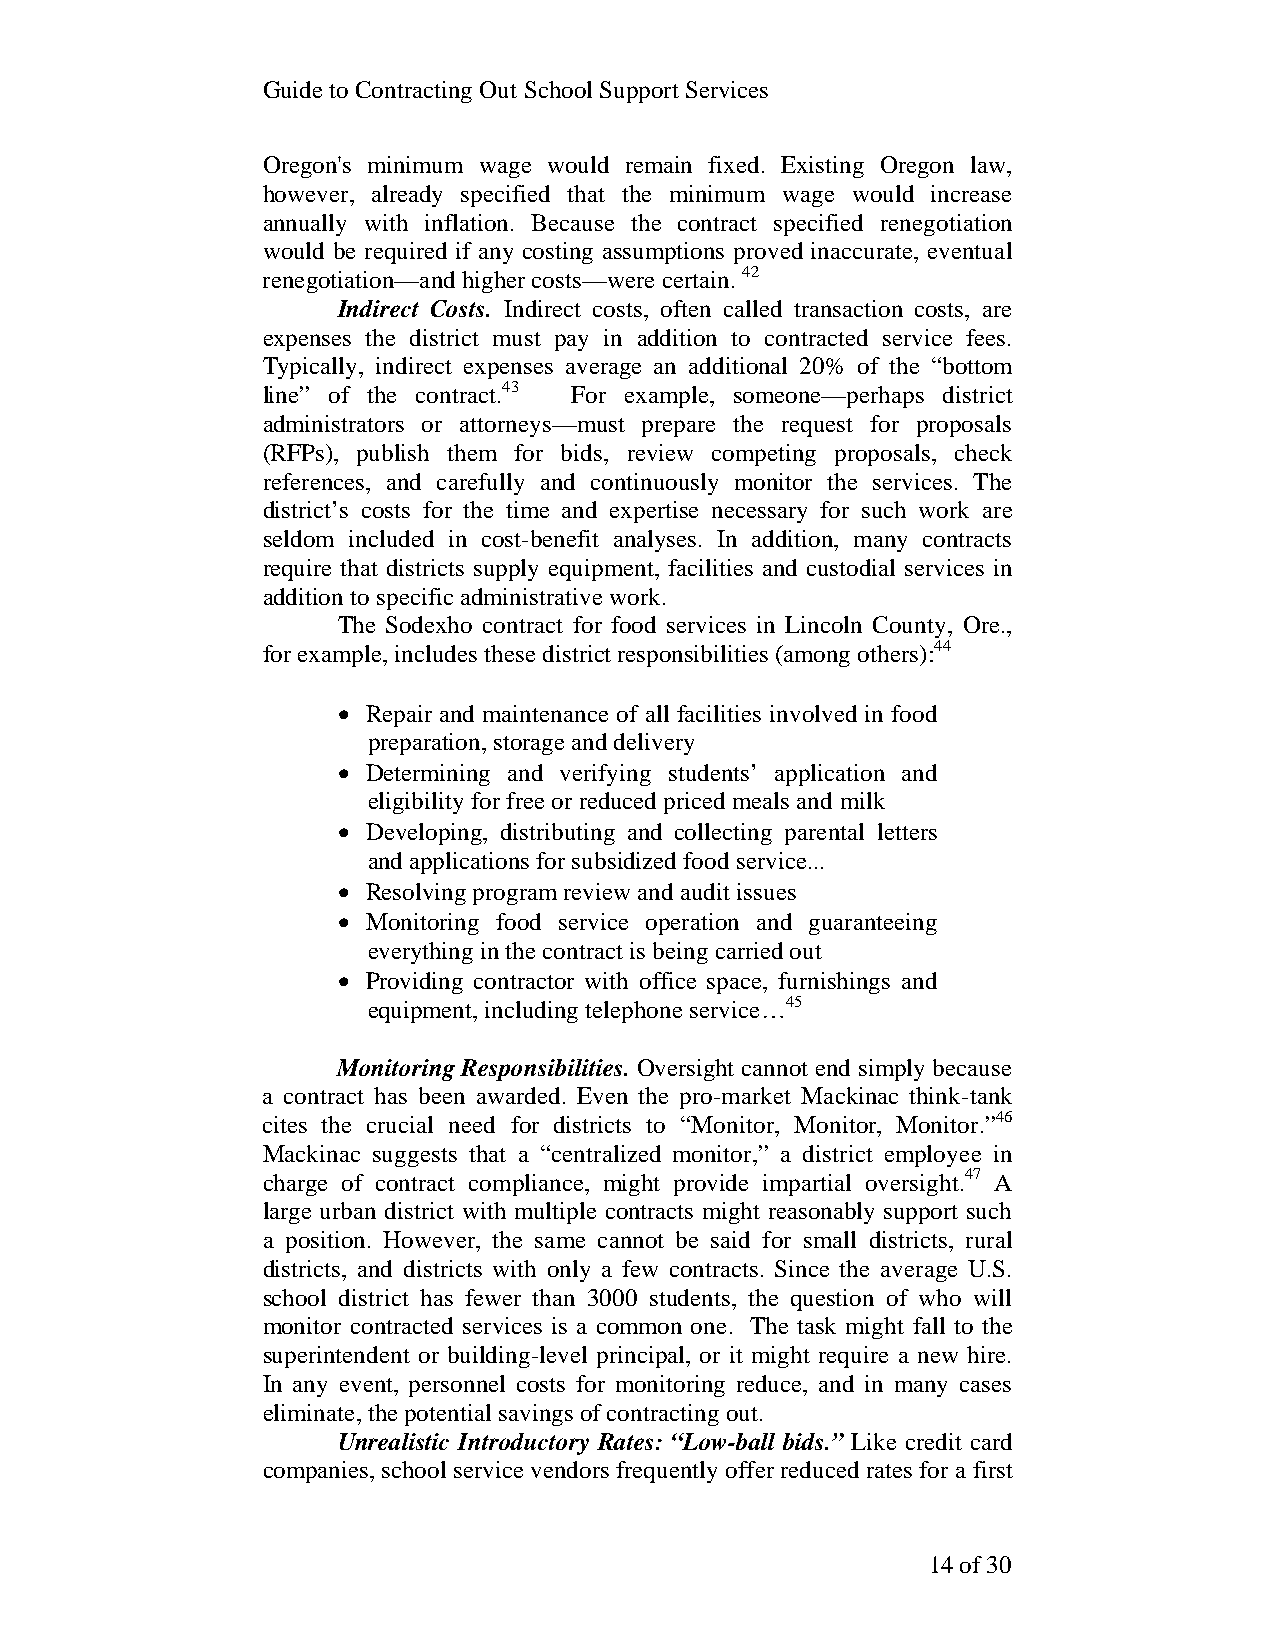
Guide to Contracting Out School Support Services
 Oregon's minimum wage would remain fixed. Existing Oregon law,
 however, already specified that the minimum wage would increase
 annually with inflation. Because the contract specified renegotiation
 would be required if any costing assumptions proved inaccurate, eventual
 renegotiation—and higher costs—were certain. 42
 Indirect Costs. Indirect costs, often called transaction costs, are
 expenses the district must pay in addition to contracted service fees.
 Typically, indirect expenses average an additional 20% of the “bottom
 line” of the contract.43 For example, someone—perhaps district
 administrators or attorneys—must prepare the request for proposals
 (RFPs), publish them for bids, review competing proposals, check
 references, and carefully and continuously monitor the services. The
 district’s costs for the time and expertise necessary for such work are
 seldom included in cost-benefit analyses. In addition, many contracts
 require that districts supply equipment, facilities and custodial services in
 addition to specific administrative work.
 The Sodexho contract for food services in Lincoln County, Ore.,
 for example, includes these district responsibilities (among others):44
 • Repair and maintenance of all facilities involved in food
 preparation, storage and delivery
 • Determining and verifying students’ application and
 eligibility for free or reduced priced meals and milk
 • Developing, distributing and collecting parental letters
 and applications for subsidized food service...
 • Resolving program review and audit issues
 • Monitoring food service operation and guaranteeing
 everything in the contract is being carried out
 • Providing contractor with office space, furnishings and
 equipment, including telephone service…45
 Monitoring Responsibilities. Oversight cannot end simply because
 a contract has been awarded. Even the pro-market Mackinac think-tank
 cites the crucial need for districts to “Monitor, Monitor, Monitor.”46
 Mackinac suggests that a “centralized monitor,” a district employee in
 charge of contract compliance, might provide impartial oversight.47 A
 large urban district with multiple contracts might reasonably support such
 a position. However, the same cannot be said for small districts, rural
 districts, and districts with only a few contracts. Since the average U.S.
 school district has fewer than 3000 students, the question of who will
 monitor contracted services is a common one. The task might fall to the
 superintendent or building-level principal, or it might require a new hire.
 In any event, personnel costs for monitoring reduce, and in many cases
 eliminate, the potential savings of contracting out.
 Unrealistic Introductory Rates: “Low-ball bids.” Like credit card
 companies, school service vendors frequently offer reduced rates for a first
 14 of 30